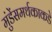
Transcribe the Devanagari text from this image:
मुंडेंसमर्थकाकडे